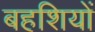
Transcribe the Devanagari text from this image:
बहशियों